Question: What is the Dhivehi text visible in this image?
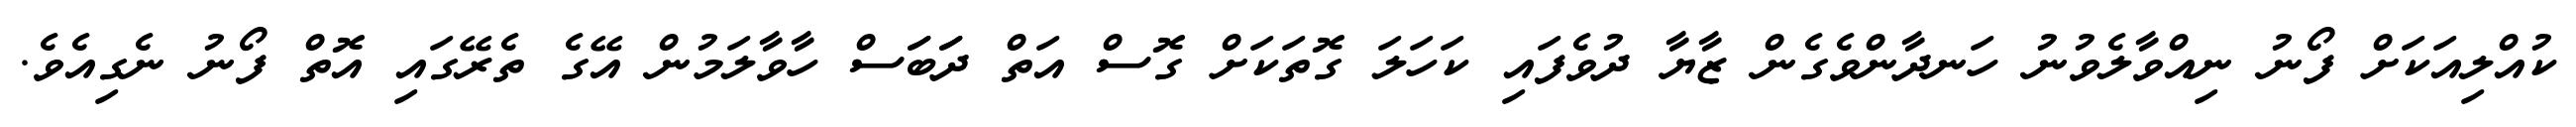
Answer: ކުއްލިއަކަށް ފޯނު ނިއްވާލެވުނު ހަނދާންވެގެން ޒާޔާ ދުވެފައި ކަހަލަ ގޮތަކަށް ގޮސް އަތް ދަަބަަސް ހާވާލަމުން އޭގެ ތެރޭގައި އޮތް ފޯނު ނެގިއެވެ.